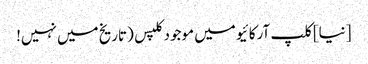
[نیا] کلپ آرکائیو میں موجود کلپس (تاریخ میں نہیں!